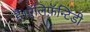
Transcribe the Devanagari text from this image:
है।ऍलिफ़ॅन्टिडी